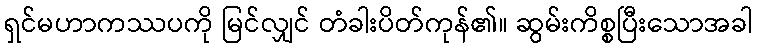
ရှင်မဟာကဿပကို မြင်လျှင် တံခါးပိတ်ကုန်၏။ ဆွမ်းကိစ္စပြီးသောအခါ